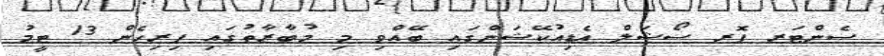
ސެންޓަރ ފޮރ ސޯޝަލް އެޑިއުކޭޝަންގައި ބޭއްވި މި މުބާރާތުގައި ފިރިހެން 13 ޓީމު